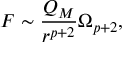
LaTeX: F \sim { \frac { Q _ { M } } { r ^ { p + 2 } } } \Omega _ { p + 2 } ,